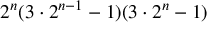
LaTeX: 2 ^ { n } ( 3 \cdot 2 ^ { n - 1 } - 1 ) ( 3 \cdot 2 ^ { n } - 1 )